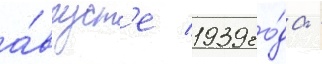
а́вгуст'е 1939 го́да -